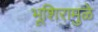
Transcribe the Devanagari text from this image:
भूशिरामुळे